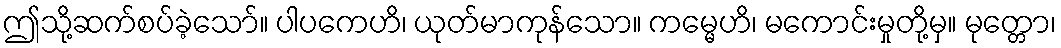
ဤသို့ဆက်စပ်ခဲ့သော်။ ပါပကေဟိ၊ ယုတ်မာကုန်သော။ ကမ္မေဟိ၊ မကောင်းမှုတို့မှ။ မုတ္တော၊